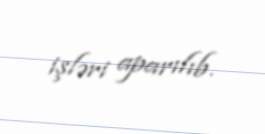
işləri aparılıb.